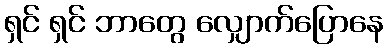
ရှင် ရှင် ဘာတွေ လျှောက်ပြောနေ